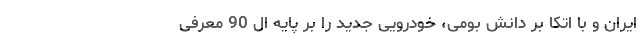
ایران و با اتکا بر دانش بومی، خودرویی جدید را بر پایه ال 90 معرفی